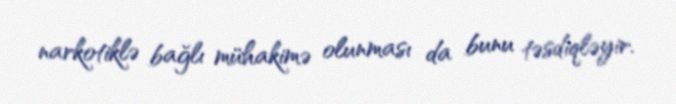
narkotiklə bağlı mühakimə olunması da bunu təsdiqləyir.